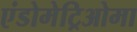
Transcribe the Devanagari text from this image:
एंडोमेट्रिओमा